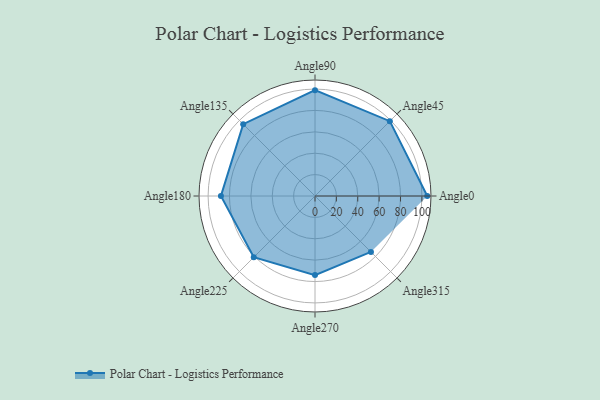
{"axis": {"x": "Angle", "y": "Radius"}, "legend": [""], "data": [{"x": "Angle0", "y": 105.0, "type": ""}, {"x": "Angle45", "y": 99.0, "type": ""}, {"x": "Angle90", "y": 99.0, "type": ""}, {"x": "Angle135", "y": 95.0, "type": ""}, {"x": "Angle180", "y": 88.0, "type": ""}, {"x": "Angle225", "y": 81.0, "type": ""}, {"x": "Angle270", "y": 74.0, "type": ""}, {"x": "Angle315", "y": 74.0, "type": ""}]}